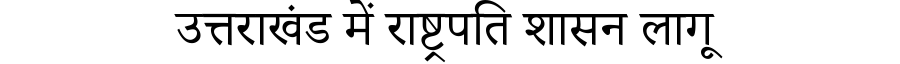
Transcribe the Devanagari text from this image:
उत्तराखंड में राष्ट्रपति शासन लागू